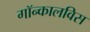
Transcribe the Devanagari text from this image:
गॉन्कालविस